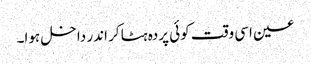
عین اسی وقت کوئی پردہ ہٹا کر اندر داخل ہوا۔